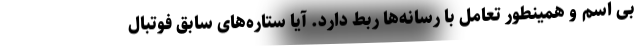
بی اسم و همینطور تعامل با رسانه‌ها ربط دارد. آیا ستاره‌های سابق فوتبال